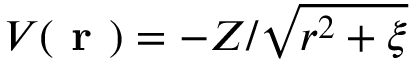
V ( \textbf { r } ) = - Z / \sqrt { r ^ { 2 } + \xi }